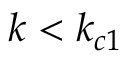
k < k _ { c 1 }